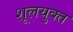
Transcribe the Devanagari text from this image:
शूलयुक्त